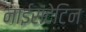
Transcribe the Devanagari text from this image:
नाईसटेटिन